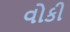
વોકી